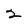
Character: 2